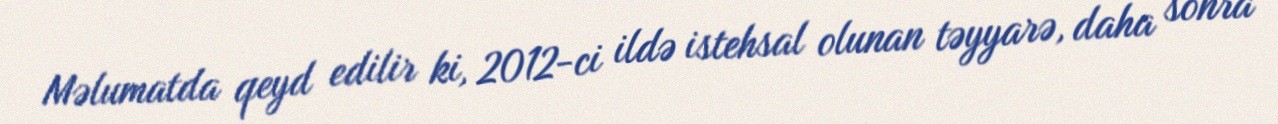
Məlumatda qeyd edilir ki, 2012-ci ildə istehsal olunan təyyarə, daha sonra